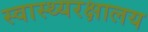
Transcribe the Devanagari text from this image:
स्वास्थ्यरक्षालय